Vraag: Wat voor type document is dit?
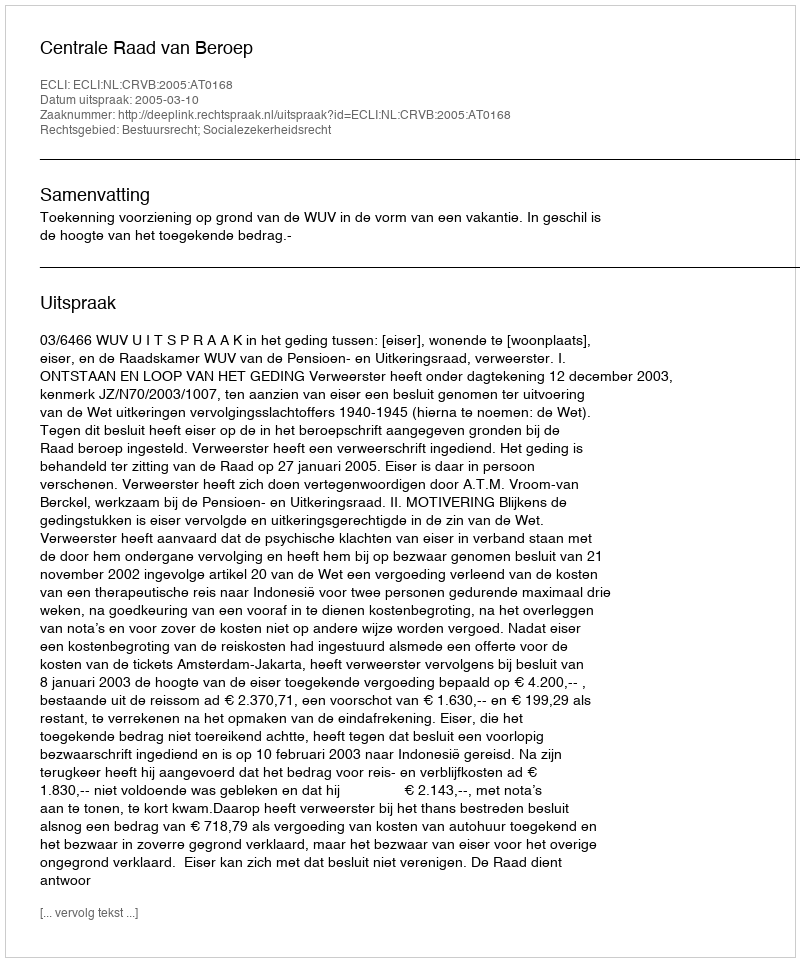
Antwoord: Uitspraak